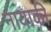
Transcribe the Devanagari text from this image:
नायाकी